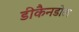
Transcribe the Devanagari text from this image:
डीकैनडोल